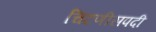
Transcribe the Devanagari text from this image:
चिटणीसपदी